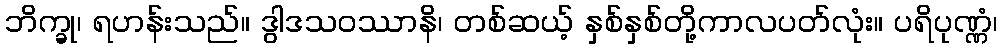
ဘိက္ခု၊ ရဟန်းသည်။ ဒွါဒသဝဿာနိ၊ တစ်ဆယ့် နှစ်နှစ်တို့ကာလပတ်လုံး။ ပရိပုဏ္ဏံ၊